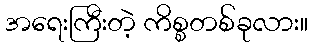
အရေးကြီးတဲ့ ကိစ္စတစ်ခုလား။